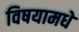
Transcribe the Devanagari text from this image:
विषयामधे